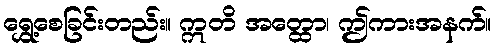
ရွှေ့စေခြင်းတည်း။ ဣတိ အတ္ထော၊ ဤကားအနက်။